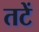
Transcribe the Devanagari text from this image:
तटें